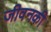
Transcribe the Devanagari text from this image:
जीवनकी